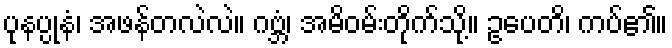
ပုနပ္ပုနံ၊ အဖန်တလဲလဲ။ ဂဗ္ဘံ၊ အမိဝမ်းတိုက်သို့။ ဥပေတိ၊ ကပ်၏။